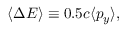
\langle \Delta E \rangle \equiv 0 . 5 c \langle p _ { y } \rangle ,